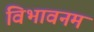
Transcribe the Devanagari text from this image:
विभावनम